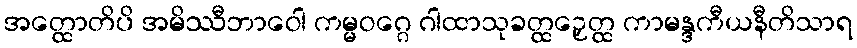
အတ္ထောတိပိ အမိဿီဘာဝေါ ကမ္မဝဂ္ဂေ ဂါထာသုခတ္ထဉှေတ္ထ ကာမန္ဒကီယနီတိသာရ